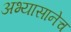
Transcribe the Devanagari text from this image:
अभ्यासानेच